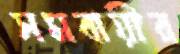
সমবায়ীর